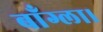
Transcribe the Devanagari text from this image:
बाँग्ला।